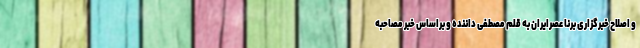
و اصلاح خبرگزاری برنا عصرایران به قلم مصطفی داننده و براساس خبر مصاحبه